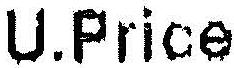
U.PRICE